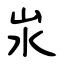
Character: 汖